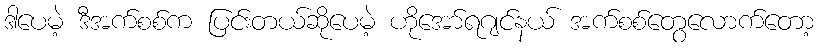
ဒါပေမဲ့ ဒီအက်စစ်က ပြင်းတယ်ဆိုပေမဲ့ ဟိုအော်ရဂျင်နယ် အက်စစ်တွေလောက်တော့